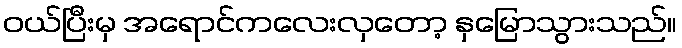
ဝယ်ပြီးမှ အရောင်ကလေးလှတော့ နှမြောသွားသည်။